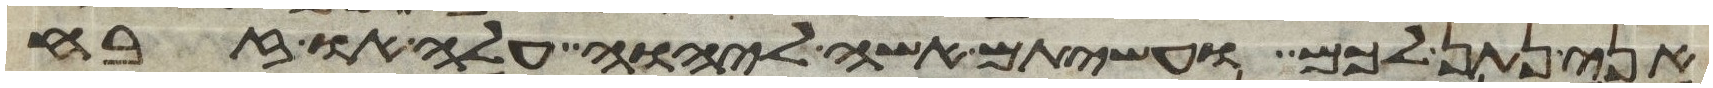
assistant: אני נתן לכם ועשיתם אשה ליהוה עלה או זבח